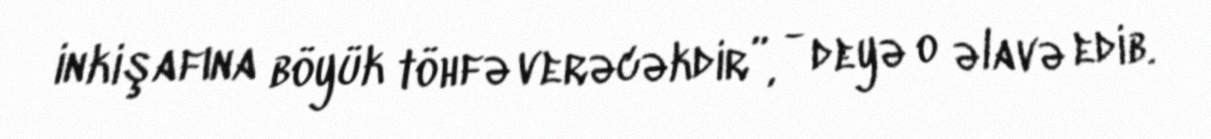
inkişafına böyük töhfə verəcəkdir”, - deyə o əlavə edib.